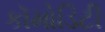
કૉમોડિટી